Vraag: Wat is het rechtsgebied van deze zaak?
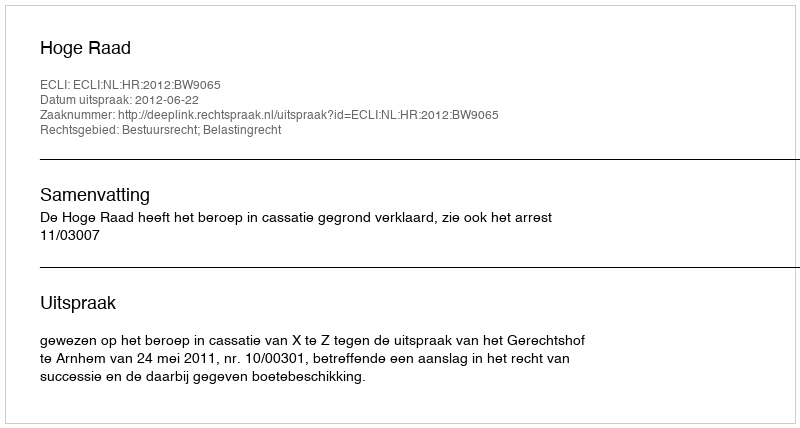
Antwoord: Bestuursrecht; Belastingrecht